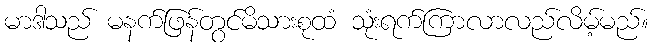
မာဒါသည် မနက်ဖြန်တွင်မိသားစုထံ သုံးရက်ကြာလာလည်လိမ့်မည်။